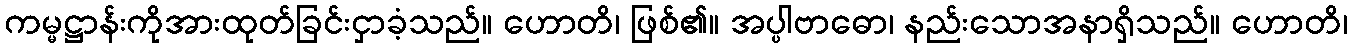
ကမ္မဋ္ဌာန်းကိုအားထုတ်ခြင်းငှာခံ့သည်။ ဟောတိ၊ ဖြစ်၏။ အပ္ပါဗာဓော၊ နည်းသောအနာရှိသည်။ ဟောတိ၊